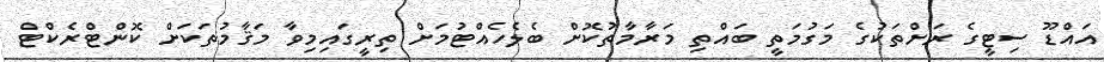
އައްޑޫ ސިޓީގެ ރަށްތަކުގެ މަގުމަތީ ބައްތި މަރާމާތުކޮށް ބެލެހެއްޓުމަށް ތިރީގައިމިވާ މަޤާމުތަކަށް ކޮންޓްރެކްޓް